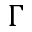
\Gamma